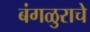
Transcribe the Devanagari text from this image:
बंगळुराचे